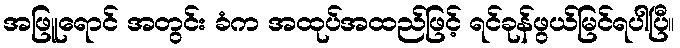
အဖြူရောင် အတွင်း ခံက အထုပ်အထည်ဖြင့် ရင်ခုန်ဖွယ်မြင်ရပါပြီ။